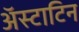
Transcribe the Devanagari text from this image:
अॅस्टाटिन